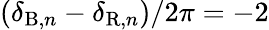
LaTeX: (\delta_{\mathrm{B},n}-\delta_{\mathrm{R},n})/2\pi=-2